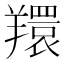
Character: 𦏖